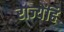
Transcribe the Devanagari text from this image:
राज्येंहि